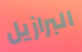
البرازيل